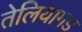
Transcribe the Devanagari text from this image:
तेलियागड